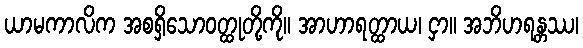
ယာမကာလိက အစရှိသောဝတ္ထုတို့ကို။ အာဟာရတ္ထာယ၊ ငှာ။ အဘိဟရန္တဿ၊